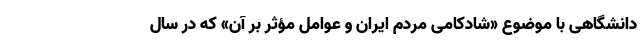
دانشگاهی با موضوع «شادکامی مردم ایران و عوامل مؤثر بر آن» که در سال